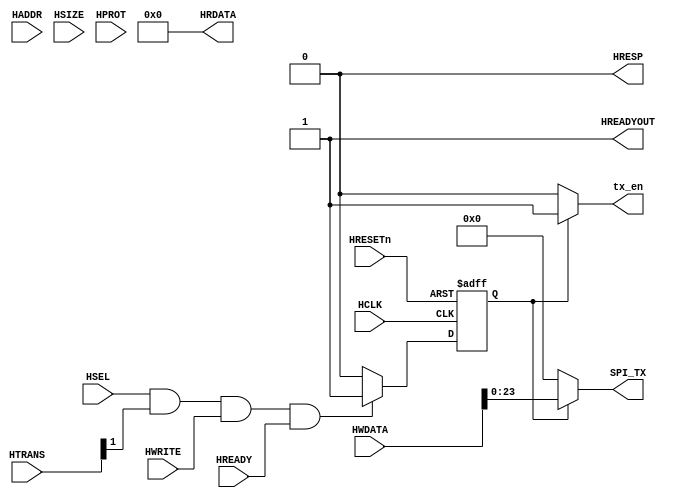
module AHBlite_SPI(
    input  wire          HCLK,    
    input  wire          HRESETn, 
    input  wire          HSEL,    
    input  wire   [31:0] HADDR,   
    input  wire    [1:0] HTRANS,  
    input  wire    [2:0] HSIZE,   
    input  wire    [3:0] HPROT,   
    input  wire          HWRITE,  
    input  wire   [31:0] HWDATA,  
    input  wire          HREADY,  
    output wire          HREADYOUT, 
    output reg    [31:0] HRDATA,  
    output wire          HRESP,
    output wire          tx_en,
    output wire    [23:0] SPI_TX
);

assign HRESP = 1'b0;
assign HREADYOUT = 1'b1;

wire read_en;
assign read_en=HSEL&HTRANS[1]&(~HWRITE)&HREADY;

wire write_en;
assign write_en=HSEL&HTRANS[1]&(HWRITE)&HREADY;

reg [3:0] addr_reg;
always@(posedge HCLK or negedge HRESETn) begin
  if(~HRESETn) addr_reg <= 4'h0;
  else if(read_en || write_en) addr_reg <= HADDR[3:0];
end

reg rd_en_reg;
always@(posedge HCLK or negedge HRESETn) begin
  if(~HRESETn) rd_en_reg <= 1'b0;
  else if(read_en) rd_en_reg <= 1'b1;
  else rd_en_reg <= 1'b0;
end

reg wr_en_reg;
always@(posedge HCLK or negedge HRESETn) begin
  if(~HRESETn) wr_en_reg <= 1'b0;
  else if(write_en) wr_en_reg <= 1'b1;
  else  wr_en_reg <= 1'b0;
end

assign tx_en = wr_en_reg ? 1'b1 : 1'b0;
assign SPI_TX = wr_en_reg ? HWDATA[23:0] : 24'b0;

always@(*) begin
    HRDATA <= 32'b0;
end

endmodule